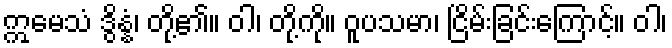
ဣမေသံ ဒွိန္နံ၊ တို့၏။ ဝါ၊ တို့ကို။ ဝူပသမာ၊ ငြိမ်းခြင်းကြောင့်။ ဝါ၊